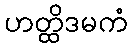
ဟတ္ထိဒမကံ